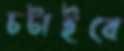
চটাইবে